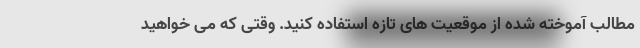
مطالب آموخته شده از موقعیت های تازه استفاده کنید. وقتی که می خواهید